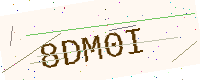
Text: 8DM0I